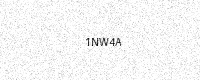
Text: 1NW4A